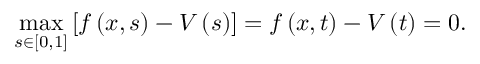
\operatorname* { m a x } _ { s \in \left[ 0 , 1 \right] } \left[ f \left( x , s \right) - V \left( s \right) \right] = f \left( x , t \right) - V \left( t \right) = 0 .